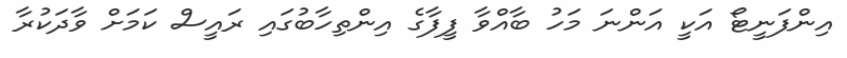
އިންފަނީޓޯ އަކީ އަންނަ މަހު ބާއްވާ ފީފާގެ އިންތިހާބުގައި ރައީސް ކަމަށް ވާދަކުރާ